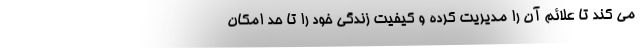
می کند تا علائم آن را مدیریت کرده و کیفیت زندگی خود را تا حد امکان